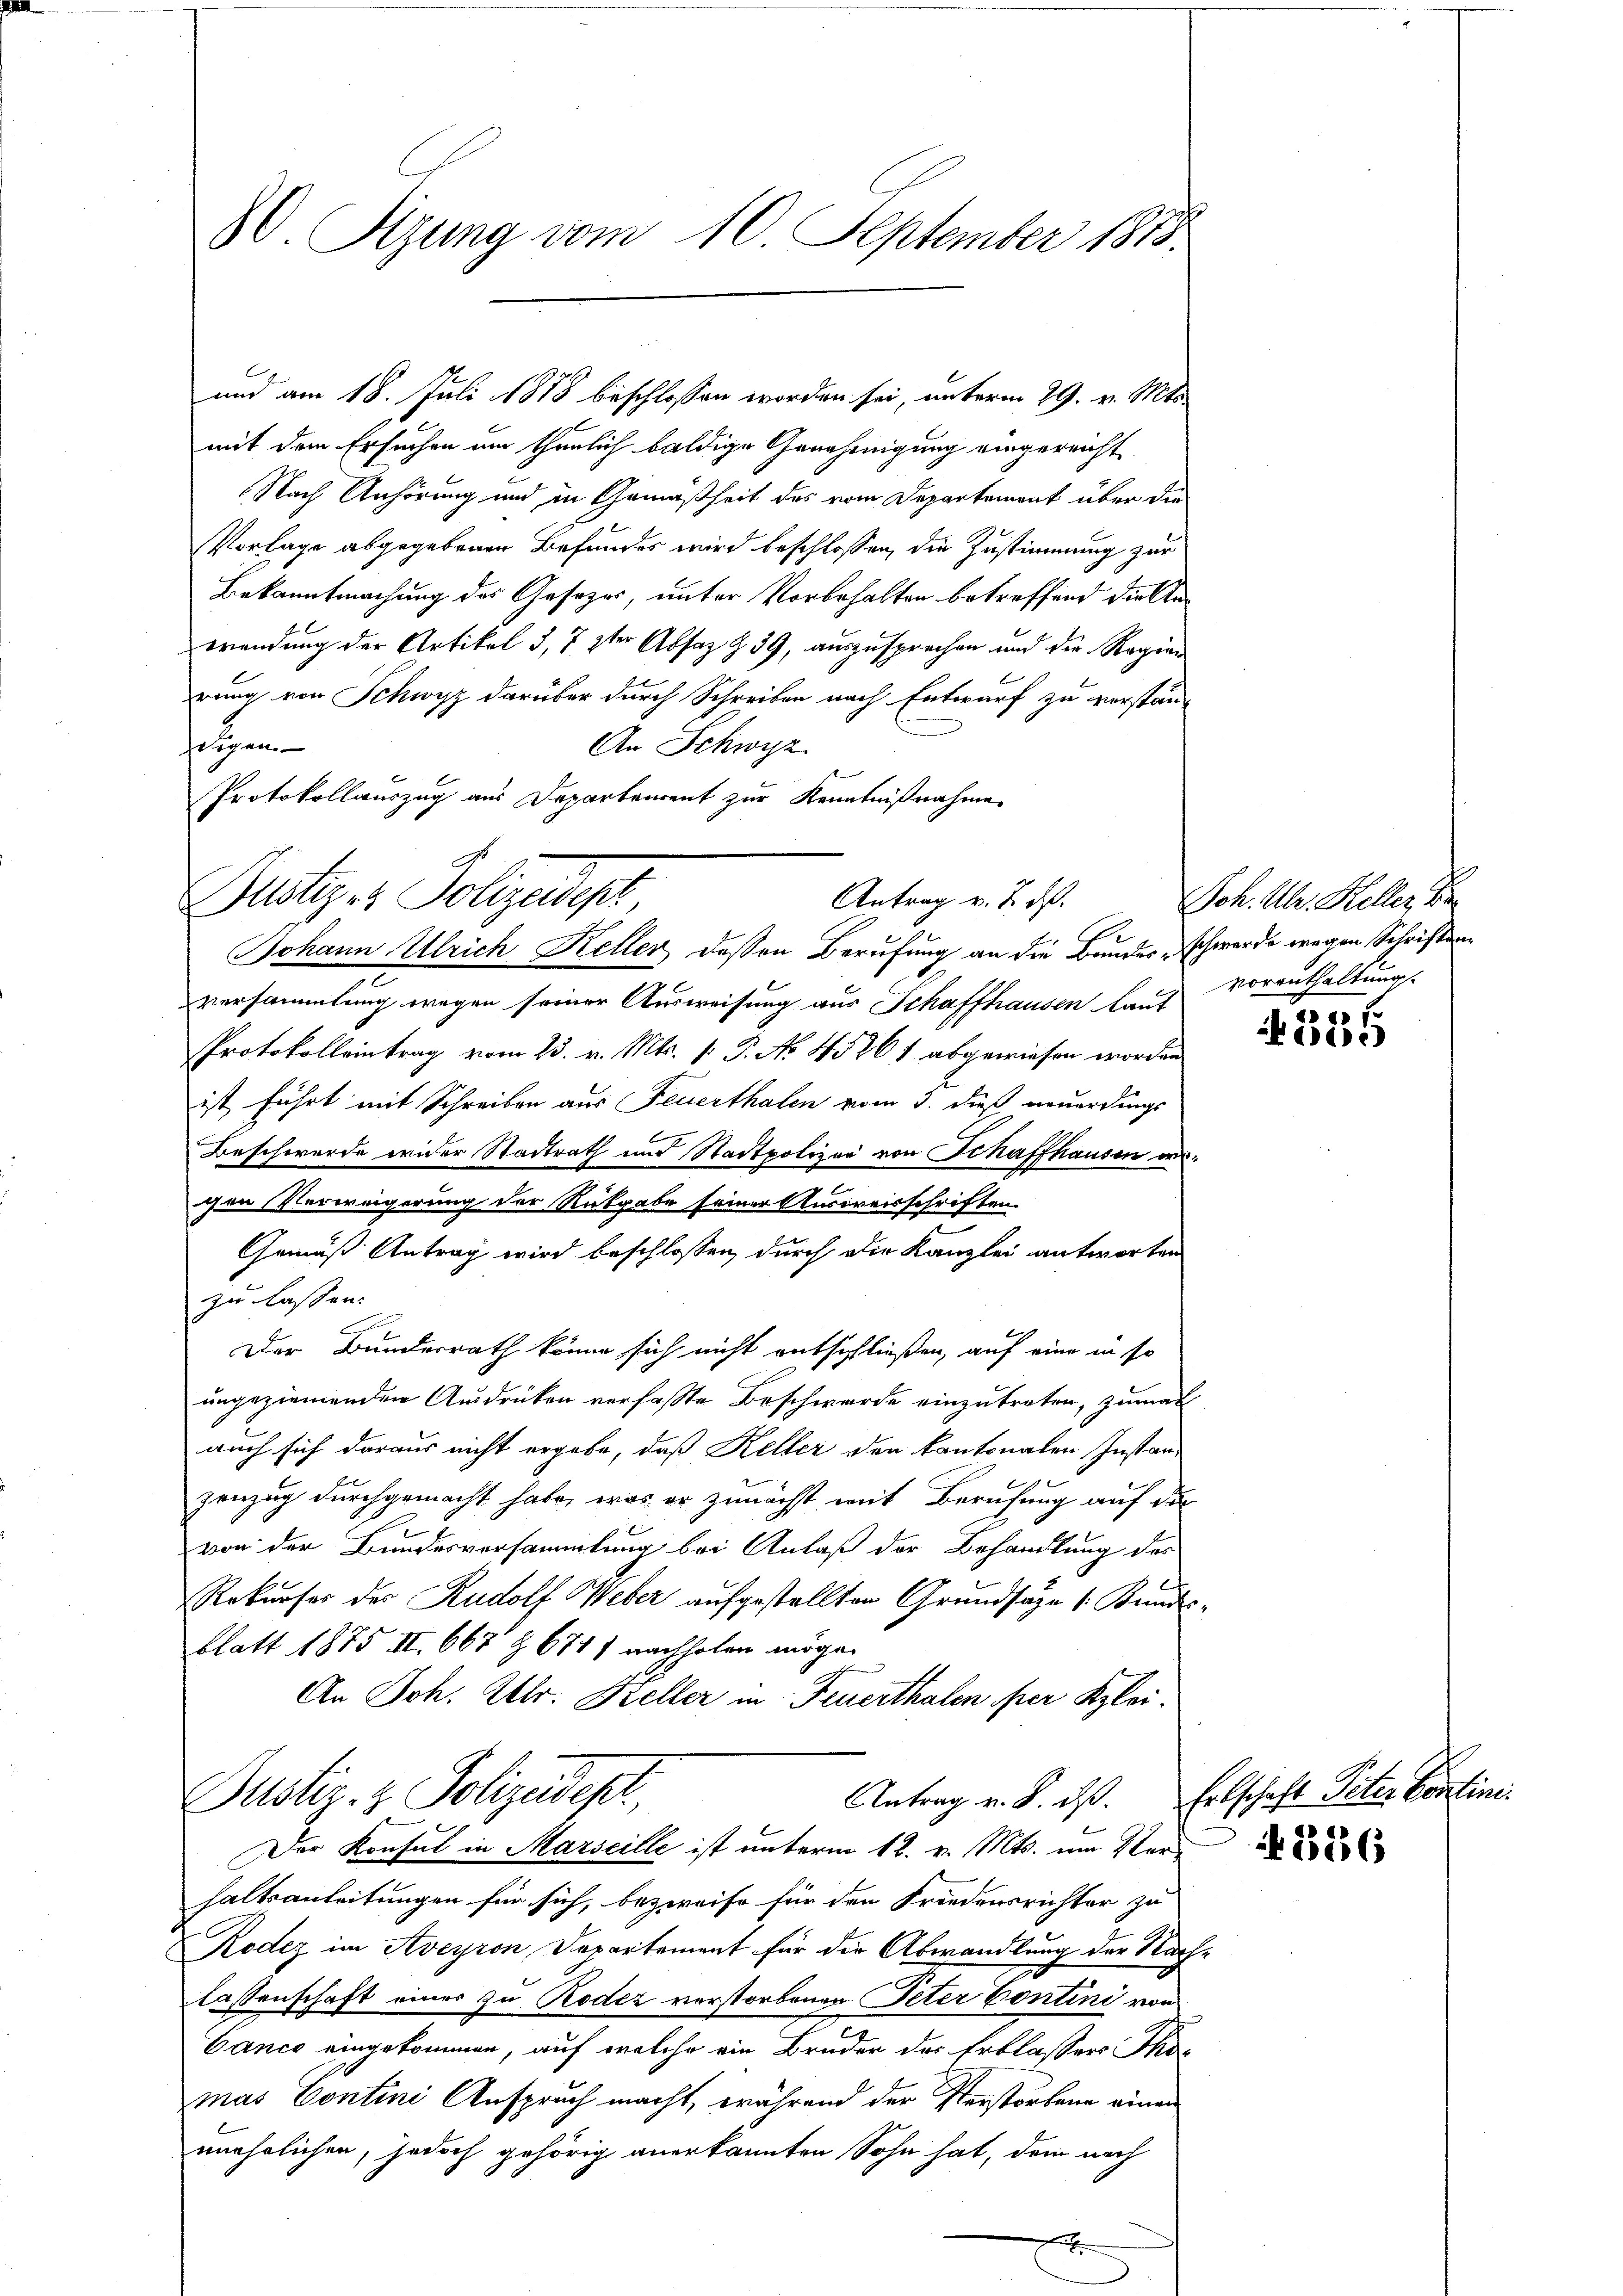
8. Sizung vom 10. September 1883.

und am 18. Juli 1878 beschlossen worden sei, unterm 29. v. Mts.
mit dem Ersuchen um thunlich baldige Genehmigung eingereicht
Nach Anhörung und in Gemäßheit des vom Departement über die
Vorlage abgegebenen Befundes wird beschlossen, die Zustimmung zur
Bekanntmachung des Gesetzes, unter Vorbehalten betreffend die Anwendung der Artikel 3, 7 ster Absaz Z. 39, auszusprechen und die Regien
rung von Schwyz darüber durch Schreiben nach Entwurf zu verstän-
zogen.
An Schwyz
Protokollauszug aus Departement zur Kenntnißnahme
versammlung wegen seiner Ausweisung aus Schaffhausen Lauf Voraufhaltungs
Protokolleintrag vom 23. v. Mts. 1. P. No 4526 f. abgewiesen worden
ist führt mit Schreiben aus Feuerthalen vom 3. dieß neuerdings
Beschwerde wider Stadtrath und Stadtpolizei von Schaffhausen wechen Verweigerung der Rückgabe seiner Ausreisschriften
Gemäß Antrag wird beschlossen, durch die Kanzlei antworten
zu lassen.
Der Bunderrath könne sich nicht entschließen, auf eine in so
ungeziemenden Ausdrücken verfaßte Beschwerde einzutreten, zumal
auch sich daraus nicht ergebe, daß Keller den kantonalen Instanzenzug durchgemacht habe, was er zunächst mit Berufung auf das
von der Bundesversammlung bei Anlaß der Behandlung des
Rekurser des Rudolf Weber aufgestellten Grundsätze (Bundesblatt 1875 II 667 § 6711 nachholen möge.
An Joh. Abtr. Keller in Feuerthalen per Klei¬
Antrag v. 8. ds. Erbschaft Peter Contine.
Justiz- & Polizeidest,
Der Konsul in Marseille ist unterm 12. v. Mts. um Verhaltsanleitungen für sich, bezweife für den Friedensrichter zu
Rodez im Aveyron Departement für die Abwandlung der Nach-
lassenschaft einer zu Roder verstorbenen Peter Contini von
Canco eingekommen, auf welche ein Bruder des Erblassers ko
mas Contini Anspruch macht, während der Verstorbene einan
mnehrlichen, jedoch gehörig anerkannten Sohn hat, dem nach

Antrag v. J. dß.
Zustiges Polizeipt
e
.
Johann Ulrich Keller dessen Berufung an die Bundes, schwerde wegen Schriften

d

E

Joh. Ulr. Heller Be

a es f
)

N 226